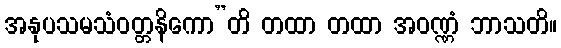
အနုပသမသံဝတ္တနိကော”တိ တထာ တထာ အဝဏ္ဏံ ဘာသတိ။